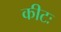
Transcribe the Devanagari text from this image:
कीटः